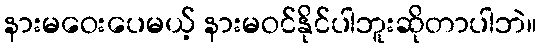
နားမဝေးပေမယ့် နားမဝင်နိုင်ပါဘူးဆိုတာပါဘဲ။